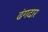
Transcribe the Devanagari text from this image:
ढंगदार